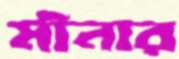
মীনার